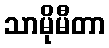
သာမိုမီတာ